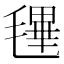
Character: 𣯴